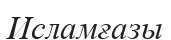
Исламғазы